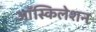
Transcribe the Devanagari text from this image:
ऑस्किलेशन